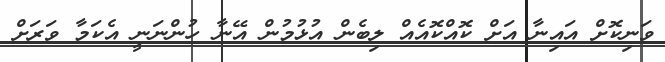
ވަނިކޮށް އައިނާ އަށް ކޮއްކޮއެއް ލިބެން އުޅުމުން އޭނާ ހުންނަނީ އެކަމާ ވަރަށް